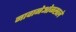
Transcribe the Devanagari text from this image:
नावानेओळखले